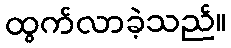
ထွက်လာခဲ့သည်။